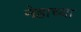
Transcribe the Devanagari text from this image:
नेहाच्या